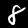
Digit: 8